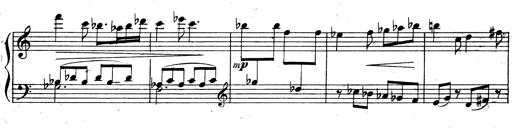
Title: 3 Sonatinas for Piano
Composer: Vissarion Shebalin